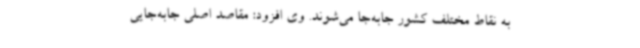
به نقاط مختلف کشور جابه‌جا می‌شوند. وی افزود: مقاصد اصلی جابه‌جایی